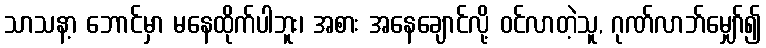
သာသနာ့ ဘောင်မှာ မနေထိုက်ပါဘူး၊ အစား အနေချောင်လို့ ဝင်လာတဲ့သူ, ဂုဏ်လာဘ်မျှော်၍